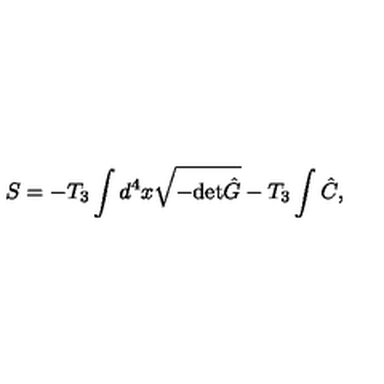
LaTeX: S = - T _ { 3 } \int d ^ { 4 } x \sqrt { - \mathrm { d e t } \hat { G } } - T _ { 3 } \int \hat { C } ,